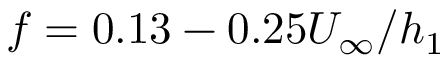
f = 0 . 1 3 - 0 . 2 5 U _ { \infty } / h _ { 1 }